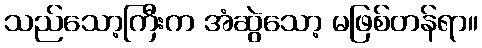
သည်သော့ကြီးက အံဆွဲသော့ မဖြစ်တန်ရာ။